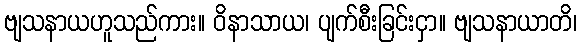
ဗျသနာယဟူသည်ကား။ ဝိနာသာယ၊ ပျက်စီးခြင်းငှာ။ ဗျသနာယာတိ၊